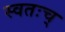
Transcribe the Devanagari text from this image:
स्वतःच्